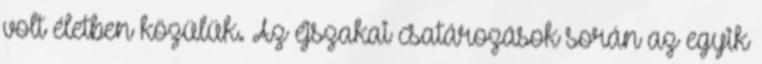
volt életben közülük. Az éjszakai csatározások során az egyik